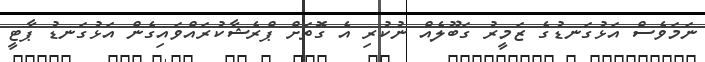
ނަމަވެސް އަޅުގަނޑުގެ ޒަމީރު ގަބޫލެއް ނުކުރި އެ ގޮތަށް ޕްރެޝާކުރައްވައިގެން އަޅުގަނޑު ޕާޓީ